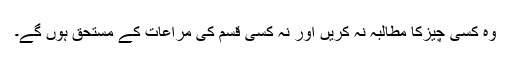
وہ کسی چیزکا مطالبہ نہ کریں اور نہ کسی قسم کی مراعات کے مستحق ہوں گے۔